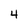
Character: 4